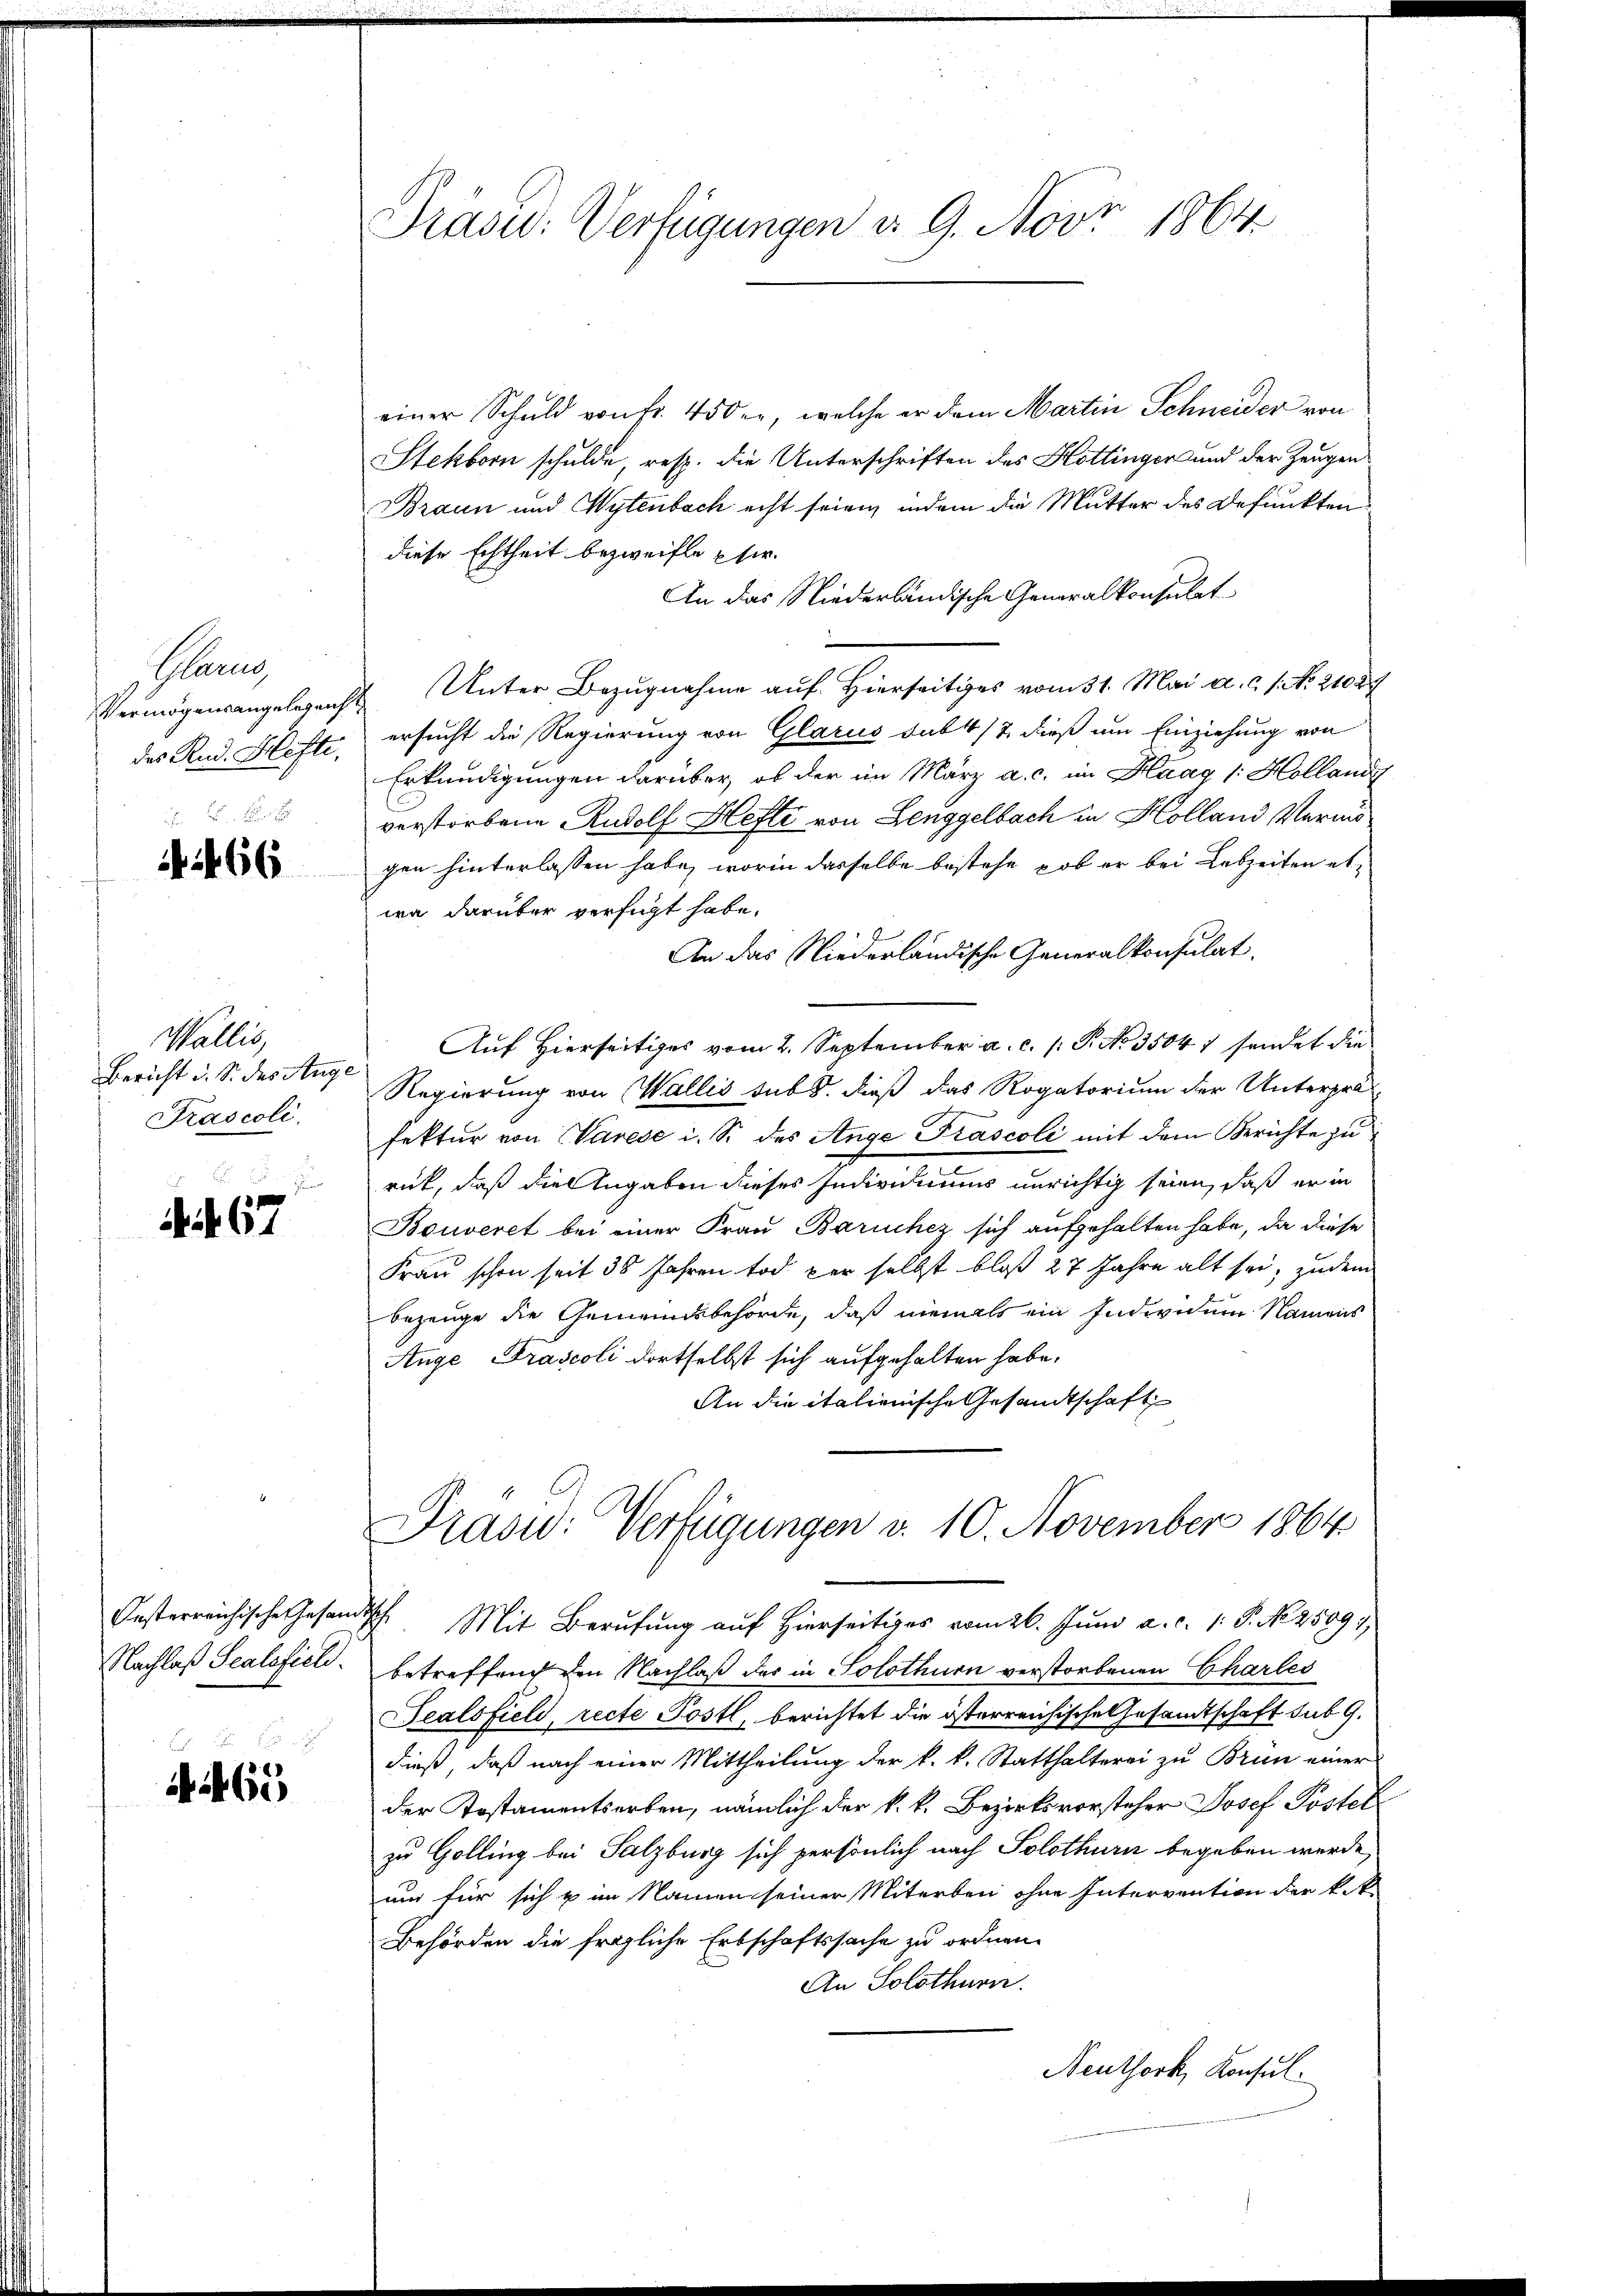
Rang
Vermögensangelegens
das Rud. Hefte,

466

Wallis
Bericht u. S. des Ange
Prascoli,
e

44. 67

Oesterreichische Gesam¬
Nachlaß Scalofiel.
e
.

4465

Präsu: Verfügungen d. 9. Nov. 1864

einer Schuld von fr. 450 er, welche er dem Martin Schneider von
Stekborn schulde, resp. die Unterschriften des Hottinger und der Zeugen
Braun und Wytenbach echt seien, indem die Mutter des Befunkten
diese Echtheit bezweifle per
An das Niederländische Generalkonsulat
Unter Bezugnahme auf Hierseitiges vom 31. Mai a. c. 1. No. 21027
ersucht die Regierung von Glarus sub 1/2 dieß um Einziehung von
Erkundigungen darüber, ob der im März a. c. im Haag (: Hollandg
verstorbene Rudolf Hefte von Lenggelbach in Kolland Vermis
gen hinterlassen habe, worin dasselbe bestehe, ob er bei Lebzeiten etwa darüber verfügt habe.
An das Niederländische Generalkonsulat
Auf Hierseitiges vom 2. September a. c. s. S. No. 35047 sendet die
Regierung von Wallis sub. dieß das Rogatorium der Unterpräfektur von Warese i. S. des Ange Frascoli mit dem Berichte zu
rück, daß die Angaben dieses Individuums unrichtig seien, daß er in
Bouveret bei einer Frau Baruchez sich aufgehalten habe, da diese
Frau schon seit 30 Jahren tod per selbst bloß 27 Jahre alt sei, zudem
bezeuge die Gemeindsbehörde, daß niemals ein Individum Namens
Ange Frascoli dortselbst sich aufgehalten habe.
An die italienische Gesandtschaft
Prasid: Verfügungen v. 10. November 1864
Ich. Mit Berufung auf hierseitiges vom 26. Jŭni a. c. 1. P. No 2509
betreffen den Nachlaß der in Solothurn verstorbenen Charles
Scalsfiel, recte Postl, berichtet die österreichische Gesamtschaft sub 9.
dieß, daß nach einer Mittheilung der k. k. Statthalterei zu Brün einer
der Postamentserben, nämlich der k. k. Bezirksvorsteher Josef Postel
zu Golling bei Salzburg sich persönlich nach Solothurn begeben werde,
um für sich u im Namen seiner Miterben ohne Intervention der k.k.
Behörden die fragliche Erbschaftssache zu ordnen.
An Solothurn.
Neuthork, Konsul